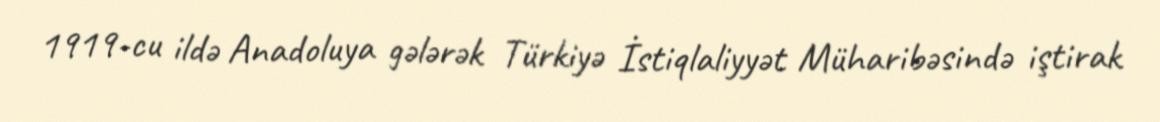
1919-cu ildə Anadoluya gələrək Türkiyə İstiqlaliyyət Müharibəsində iştirak